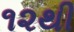
૧૨થી